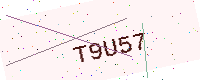
Text: T9U57